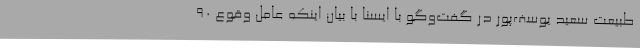
طبیعت سعید یوسف‌پور در گفت‌وگو با ایسنا با بیان اینکه عامل وقوع 90